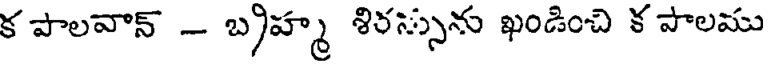
క పాలవాన్ - బ్రహ్మ శిరస్సును ఖండించి క పాలము